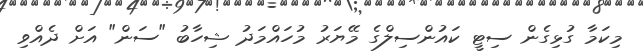
މިކަމާ ގުޅިގެން ސިޓީ ކައުންސިލްގެ މޭޔަރު މުހައްމަދު ޝިހާބު "ސަން" އަށް ދެއްވި